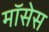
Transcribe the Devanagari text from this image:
मॉसेस